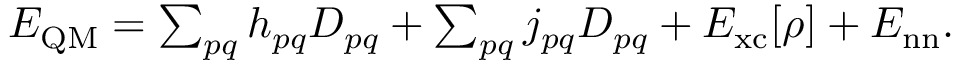
\begin{array} { r } { E _ { \mathrm { Q M } } = \sum _ { p q } h _ { p q } D _ { p q } + \sum _ { p q } j _ { p q } D _ { p q } + E _ { \mathrm { x c } } [ \rho ] + E _ { \mathrm { n n } } . } \end{array}